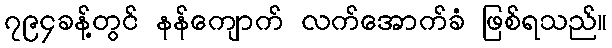
၇၉၄ခန့်တွင် နန်ကျောက် လက်အောက်ခံ ဖြစ်ရသည်။